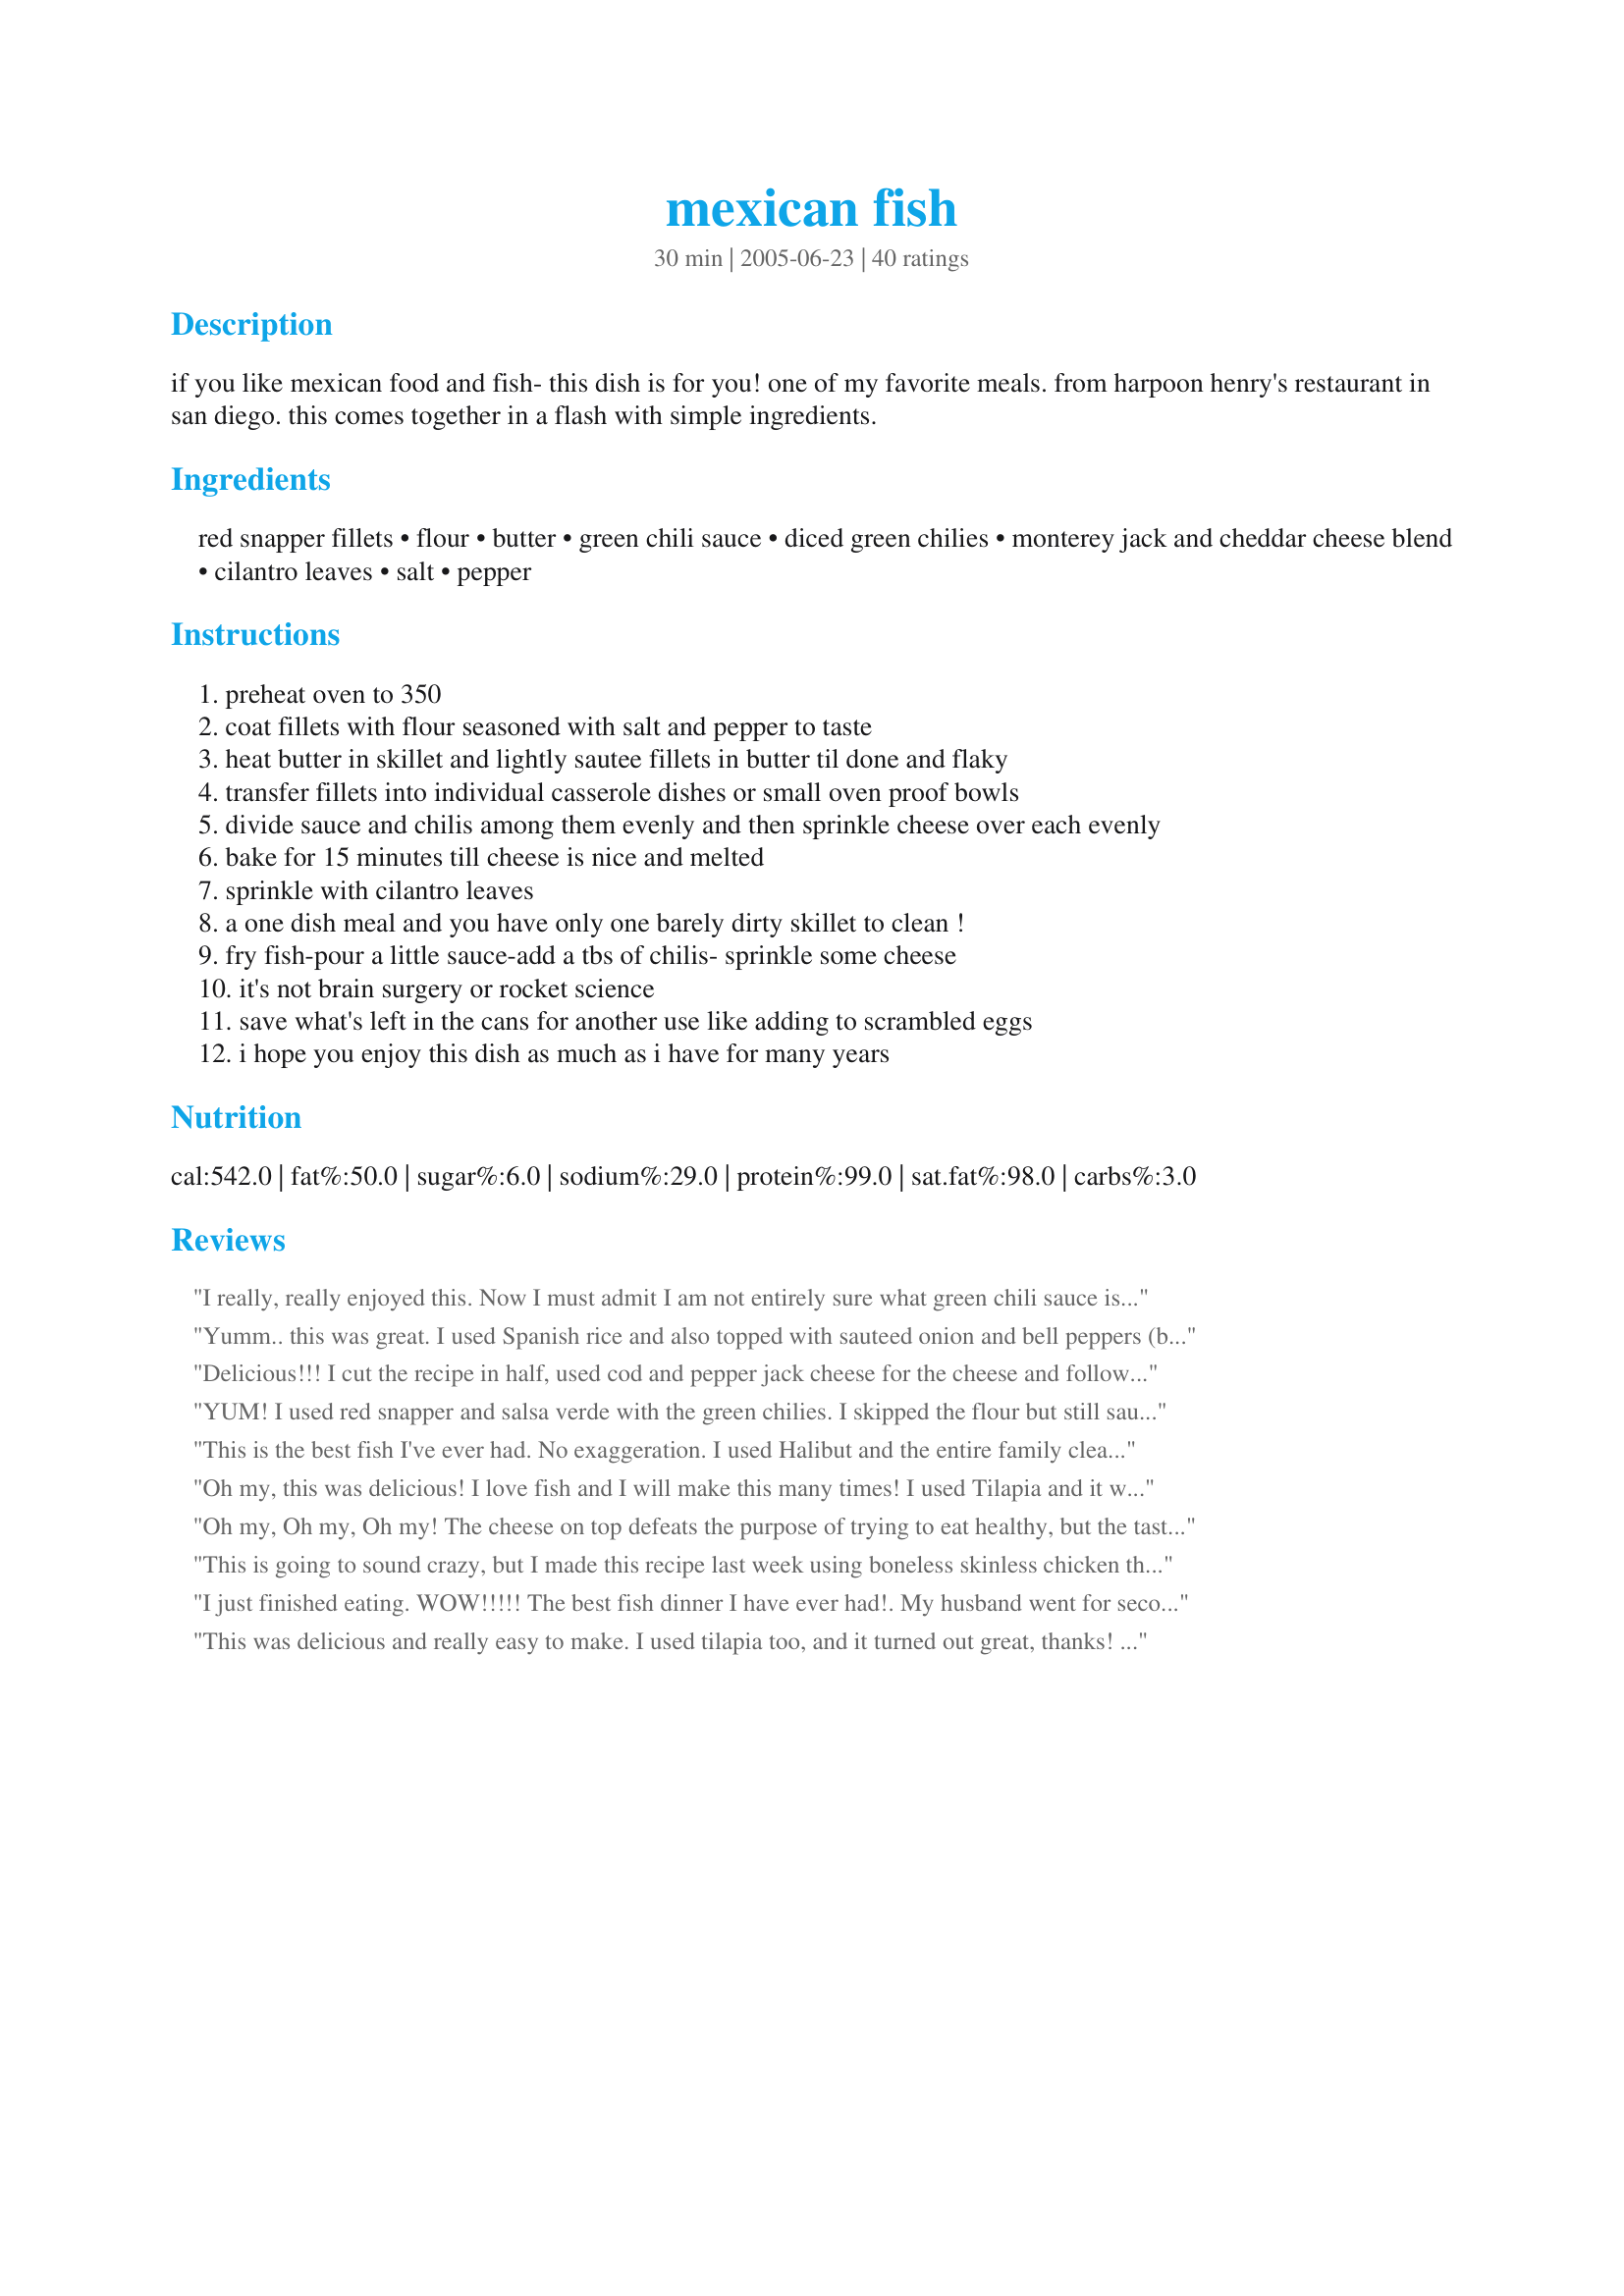
mexican fish
Preparation time: 30 minutes

if you like mexican food and fish- this dish is for you! one of my favorite meals. from harpoon henry's restaurant in san diego. this comes together in a flash with simple ingredients.

Ingredients:
red snapper fillets, flour, butter, green chili sauce, diced green chilies, monterey jack and cheddar cheese blend, cilantro leaves, salt, pepper

Steps:
preheat oven to 350
coat fillets with flour seasoned with salt and pepper to taste
heat butter in skillet and lightly sautee fillets in butter til done and flaky
transfer fillets into individual casserole dishes or small oven proof bowls
divide sauce and chilis among them evenly and then sprinkle cheese over each evenly
bake for 15 minutes till cheese is nice and melted
sprinkle with cilantro leaves
a one dish meal and you have only one barely dirty skillet to clean !
fry fish-pour a little sauce-add a tbs of chilis- sprinkle some cheese
it's not brain surgery or rocket science
save what's left in the cans for another use like adding to scrambled eggs
i hope you enjoy this dish as much as i have for many years

Reviews:
I really, really enjoyed this. Now I must admit I am not entirely sure what green chili sauce is. What I ended up using was salsa verde. I used half of the green chilies (I am sort of a heat whimp) I also cut the cheese considereably in the interest of calorie savings. Also I simplified the preparation a bit by using an oven proof skillet to brown the fish in and left them in the same skillet, added the toppings and popped the whole skillet into the oven.
Yumm.. this was great. I used Spanish rice and also topped with sauteed onion and bell peppers (before the cheese). Fantastic. Thank you for this recipe.
Delicious!!! I cut the recipe in half, used cod and pepper jack cheese for the cheese and followed the rest of the instructions. This is such an easy recipe to make and one that will go into our rotation. Topped with homemade salsa and cilantro. Thank you for posting. Made for Cooking Tag Mania.
YUM! I used red snapper and salsa verde with the green chilies. I skipped the flour but still sauted in butter first. Excellent new recipe for fish. I can see it on chicken as well. I served it with corn salad and refried beans. Thanks for a great new fish dish!
This is the best fish I've ever had. No exaggeration. I used Halibut and the entire family cleaned the fish off of their plates. Thanks for posting a great, quick dinner!! Made for ZWT5.
Oh my, this was delicious! I love fish and I will make this many times! I used Tilapia and it was perfect and so easy! Thank you for posting it Pot Scrubber!
Oh my, Oh my, Oh my! The cheese on top defeats the purpose of trying to eat healthy, but the taste is phenomenal! I prepared this for one, using a small grouper fillet. The green chili sauce and chilies are wonderful underneath the monterey jack cheese...I used pepper jack because I like it spicy! I topped this with some pico de gallo with lots of cilantro in it, and it worked very well. This will be a regular rotation for me...I loved it! Made for ZWT5. Thanks so much for this fabulous recipe!
This is going to sound crazy, but I made this recipe last week using boneless skinless chicken thighs! I pounded them a little to thin them out a bit. My husband said it was the best Mexican chicken he ever had! Can't wait to try it with the fish! I followed your recipe without making any changes (other than the chicken). Thank you for sharing!
--Marla
I just finished eating. WOW!!!!! The best fish dinner I have ever had!. My husband went for seconds and said it was a definite keeper. I used speckled trout (which isn't the most firm fish) because that's what I had available. I only made one change, and that was to pan fry the fish in bacon grease instead of regular oil. Of course, then I had to crumble the bacon on top of the cheese before baking! (I guess that counts for two changes.) Anyway, all in all it was a fantastic meal. The green sauce I bought was made with tomatillos. The tangy sauce really added to the fish. Oh, I also cut back one the cheese, simply because I didn't want the cheese to overwhelmn the fish and sauce. Great recipe that I will be using again and again. I love finding differnet fish recipes since I live "down the bayou" in Lousiana and the guys are always fishing! Thank you so much for the great recipe...Bo Peep
This was delicious and really easy to make. I used tilapia too, and it turned out great, thanks! Made for The Rail Riding Rowdies ZWT5.
I added this to my cookbook months ago and finally made it last night. My partner and I loved this! Hubbie liked it so much he's taking the leftovers with him to work for lunch today!! Thanks for sharing Potsie!
Loved it. Big hit with the men in my house too.
It's going in my favorites file.
Thanks Potsie!
Made this for dinner last night and it was amazing! Had 2 smaller portions of True Cod left in the freezer and I only wish we had more. :) We sauteed them in 1 tbsp butter 1 tbsp olive oil. Sprinkled very lightly with cheese. Recommending for my non-fish eating mother to try this! Thanks so much for posting Pot Scrubber. :)
Awesome recipe!
Yum! I really love this recipe! I used Tilapia. Custom made in individual serving dishes according to kids taste - went light on the salsa verde I used for green chile sauce for theirs. Even my picky eater was scraping the bottom of the dish. Served over brown rice.
I've been dying to try this fish, and I wasn't disappointed! I have to admit to being a bit skeptical considering the list of ingredients is so short, but the flavors blend very well together. I didn't change a thing other than keeping it in the skillet to finish cooking. I served it with Recipe#234818 and Recipe#17126. Thanks for an awesome recipe!
We enjoyed this dish a lot. I halved the recipe for two of us. Also reduced the grated cheese way down to less than 1/2c; half a pound would have caused some serious lower G-I issues. :) Thanks, Pot Scrubber, for a tasty recipe that was very easy too!
This was excellent, and easy, to boot! I made nine pieces of tilapia, and I think DH ate three himself! I couldn't find any mild green chili salsa anywhere, so I made half with homemade spicy roasted tomatillo salsa (left over from a PAC 2006 recipe I had recently made). Because Mom, Dad, and Gram can't handle spicy, I made the rest with some jarred tequila lime tomato salsa. DH and I ate the spicy green ones, and the "elders" :) ate the mild red ones. Even Gram was quite impressed, and she usually turns Mexican-style foods away because of digestive issues. I didn't feel like making Mexican rice at the time, so I boiled some baby yukon gold potatoes in seasoned chicken broth and roasted some fresh asparagus (per taylortwo's roasted asparagus recipe posted on Zaar). All in all, it was a very nice dinner that was deceptively simple and quick to make. This fish will definitely be added to the MVP cookbook (especially if DH has any say in the matter)!lol Thanks for posting!
I modified this a little bit only because I didn't have all of the ingredients on hand. I used pollock because I had it in the freezer and didn't know what to do with it. Didn't have the green chili sauce so just used salsa, added sliced jalapenos and black olives over the top. This was an easy dinner and I'm sure I'll make it again! thanks for the recipe!
This was good. I served it with #117892 mexican rice. I used green taco sauce in place of green chili sauce and placed the fish in a 8x11 glass baking pan instead of individual dishes and baked about 20 minutes. Thank you
Made it tonight, and it is easy and delicious. My only caveat is to watch the salt. Mine turned out a bit salty. The only salt I added was blended with the flour, and I didn't think it was that much, but combined with the butter, green chili sauce and cheese, it was too much. Next time I will leave out the salt and add at the table.
I was gobsmacked. This fish is delish. I halved the recipe with great success. I gave it a zap under the broiler for a nice finishing touch, and cut back a bit on the cheese at Potsie's suggestion.
Aussie alert -- green chili sauce can be found Downunder. I bought a bottle of it in an Asian grocery store (brand was MD). Made for Zaar World Tour and served over Recipe #179707.
You can't NOT love this fish! Cheese and fish is not something I would ordinarily put together, except for maybe a subtle flavored cheese like parmesan so this turned out to be a real treat for me. I was going to rinse the fish before coating just to make sure the flour stayed on good and inspiration struck! I marinated for about 15 min in Tecate beer then dipped in whole wheat flour, because obviously I'm a health nut. My fish came out perfectly and the combination of flavors were fabulous. I suggest letting the cheese get slightly burnt around the edges as that was my favorite part. Thanks for sharing! Made for ZWT3.
my hubby and daughter seamed to like this, but the red snapper was WAY too strong for me. I will try again with tilapia instead, a more mild fish.
Pot Scrubber, We really enjoyed this fish! I could not find green chili sauce so I used green salsa. I also did not flour my fish. I just browned it in a pan sprayed with olive oil mist. I used talapia and slightly under cooked it before it went in the oven. This recipe is easy to pull together and verrrrry flavorful. I served it with orzo flavored with cumin, cilantro, and butter. I seasoned my fish with Adobe lite seasoning. We will have this again. YUMMMY
Wow, this is really awesome! I used green enchilada sauce for the green chili sauce, since I was not sure what that was. Like other reviewers, I skipped the flour and decreased the cheese. I also used a quarter of the butter with great success. I could see this working super with chicken too. Served this with Recipe #305127 to use up some of the enchilada sauce.
Wow! My husband said this tastes just like it came from a Mexican restaurant. I used Hatch chili cooking sauce--put 1/2 c. over cooked rice I placed around the fish. I topped it with the grated cheese and cilantro. Ever so easy and so tasty, this will be a regular in our house. We think pork or chicken would work equally well.
Can't believe I forgot to review this- I make it fairly often, and it's yummy! I've used tilapia, flounder, and snapper... all work well. And I always garnish with fresh cilantro- the flavor is awesome!!
You don't need a pot scrubber for this outstanding, extraordinary, some like it hot mexican fish gem. I've licked out the bowl. And it is so easy and so fast to make. And the taste? Try it, love it. If you like it hot, use you favorite chili sauce. I've made it with orzo as a one dish meal.
Really delicious. I used up some tilapia fillets I had in the freezer. We all gobbled it up and I'm looking forward to making this again soon.
I'm a convert! Although I love cheese, I've never cared for it with any fish dish. (Fish isn't my favorite thing, anyway). WOW - *this* was great! Red Snapper was juuust the right choice. I used Victoria brand green tomatillo salsa (not some other green salsas or enchilada sauces, which can just be green chili or jalapeno-based. Used Kraft "Mexican Cheese Blend" pre-grated cheese (had on hand). WHAT a score, and "DEAD EASY!" YUM YUM YUM - THANKS!
This was so easy and so wonderful! I love this fish dish!!! I found fresh red snapper this morning and snatched it up remembering this dish with the incredible photo!!! I used your Mexican Rice #117892 as suggested and was so pleased. This was a truly wonderful meal!!!! Thanks Potsie!!!!
I am writing another review for this because I made this dish this afternoon. Again, it was great tasting. I made rice (#37638) and made a one dish meal. Hubby loved it, and I have leftovers for tomorrow night.
This was a winner! I cooked just the fish and used tilapia. It was great by itself but, I will definitely have to make it with the mexican rice.
I have been completely converted, this fish was delicious! I'm not really a big fish lover, but love this I did. In the past, the only way I would eat fish is by battering and deep frying it. We had some fresh Atlantic Haddock filets brought in for my fish loving husband and father, so I wanted to try something different that maybe would appeal to me. I can honestly say that this is the first time I have ever said "I love this fish" and really meant it! We made it exactly as written, with the exception of having to use plain cheddar cheese as I had no jack. Flaky fish without a fishy taste, the flavours of the chili sauce and cilantro make this a gorgeous dish, I served it with your recipe for Mexican rice, another winner in my household. I've always known I should have more fish in my diet, and now I will. The next day for lunch we made fish tacos with the extra filet that was leftover, yummo. Thanks my dear friend, I'd give this 10 stars if I could! :)
Deeeelishhhh Fish Dish! I downsized for two portions with great success. The mildness of the green chili sauce and green chiles was perfect with the tilapia. I used reduced fat cheese. I served with recipe #204640 which was a perfect combination! Thanks for posting a wonderful recipe for fish.
Mmmm... This was very good and a great way to get in a serving of fish. I used about 1 cup of 2% sharp cheese on 5 filets. It was excellent.
This was excellent. All 6 of us really enjoyed this. I used tilapia and could not find green chili sauce so I used mexican green salsa. Everyone like this and has asked to do it again and soon. Made for ZWT3,
Yummy! We LOVE this fish. Unfortunately couldn't find green chili sauce this side of the pond, so used red salsa, which works well (though I'm keen to try the recipe as it should be) Easy and tasty! We serve with rocket salad and mexican rice (recipe #117892) - OMG if you haven't tried it, DO! Once again, thank you Pot Scrubber for a fab dish!
I made this tonight after finding the recipe on line. I used talapia and it was delicous. So easy to make. This will be a recipe to prepare for company!!
